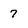
Character: 7